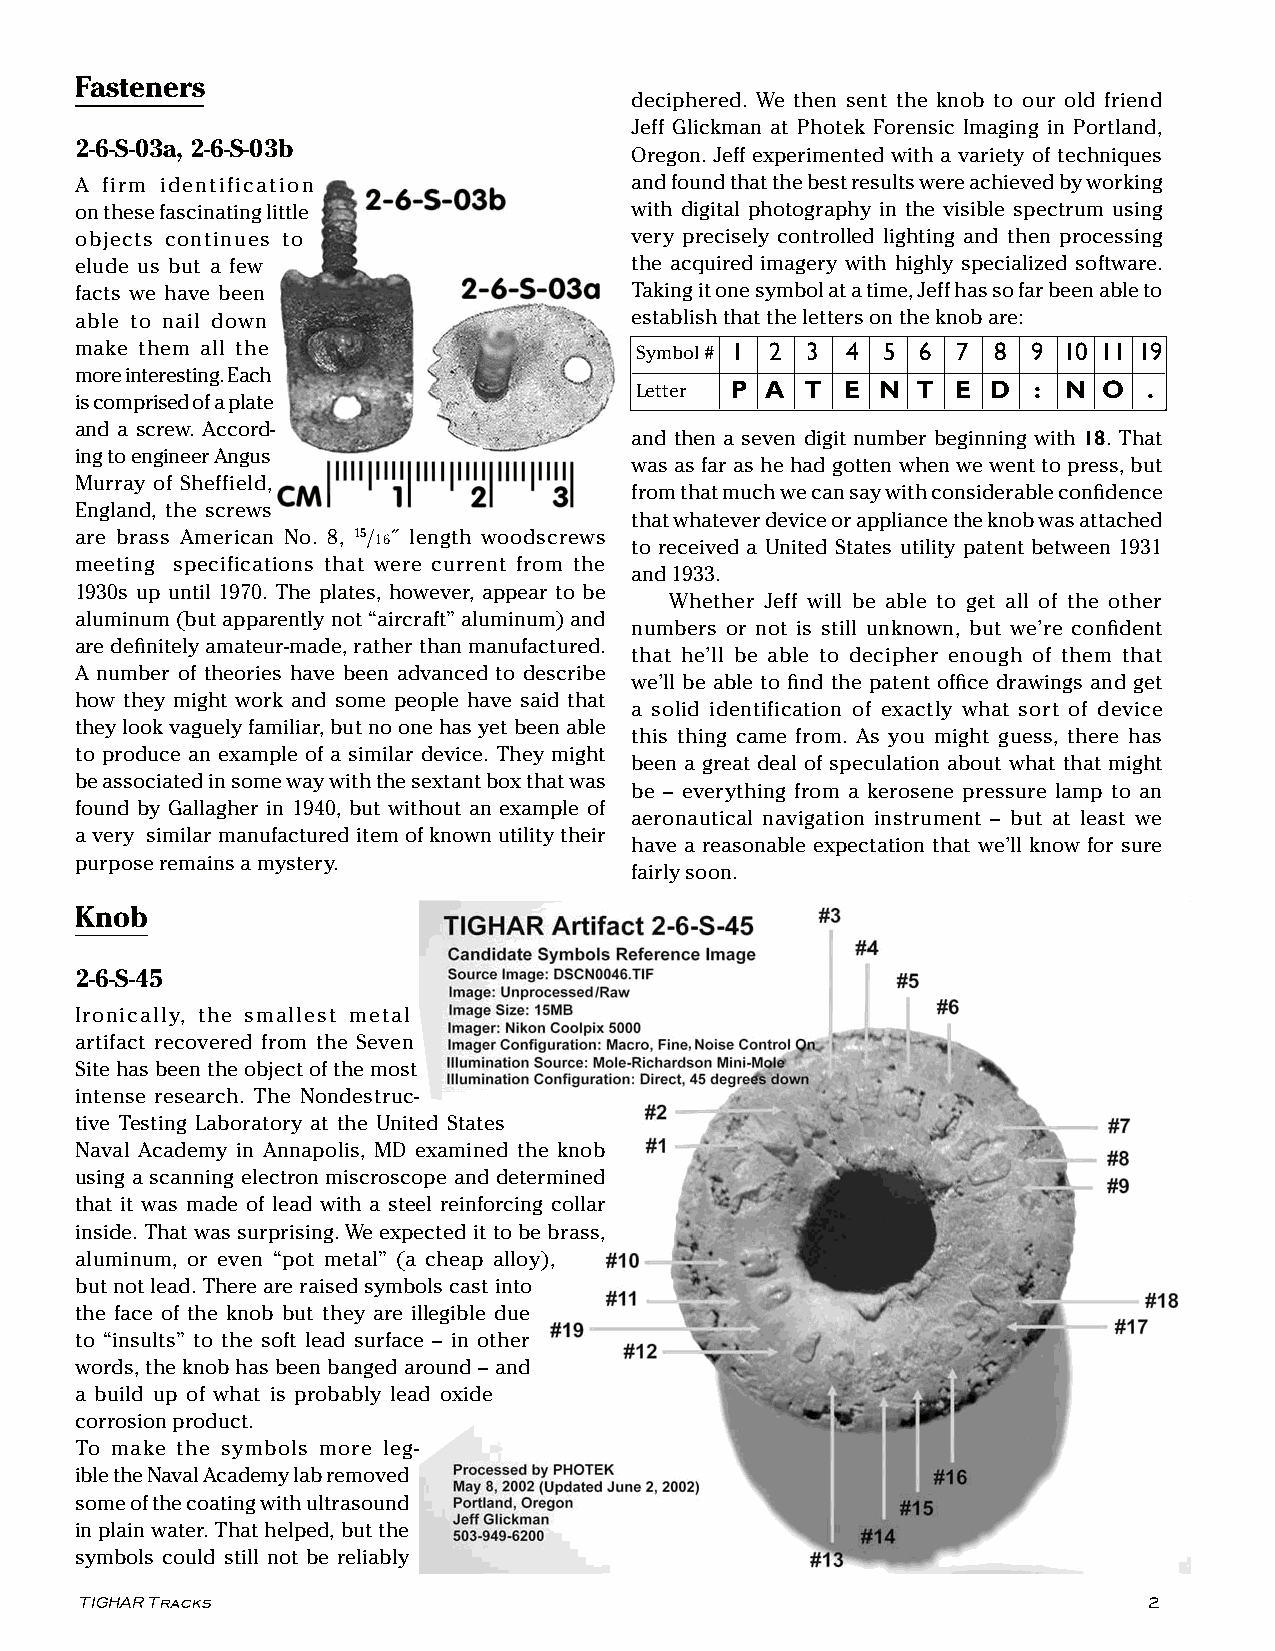
Fasteners
 deciphered. We then sent the knob to our old friend
 Jeff Glickman at Photek Forensic Imaging in Portland,
 2-6-S-03a, 2-6-S-03b
 Oregon. Jeff experimented with a variety of techniques
 A firm identification                and found that the best results were achieved by working
 on these fascinating little          with digital photography in the visible spectrum using
 objects continues to                 very precisely controlled lighting and then processing
 elude us but a few                   the acquired imagery with highly specialized software.
 facts we have been                   Taking it one symbol at a time, Jeff has so far been able to
 able to nail down                    establish that the letters on the knob are:
 make them all the                    Symbol # 1 2 3 4 5 6 7  8 9 10 11 19
 more interesting. Each
 Letter P A T  E N  T E  D : N  O  .
 is comprised of a plate
 and a screw. Accord-
 and then a seven digit number beginning with 18. That
 ing to engineer Angus
 was as far as he had gotten when we went to press, but
 Murray of Sheffield,
 from that much we can say with considerable confidence
 England, the screws
 that whatever device or appliance the knob was attached
 are brass American No. 8, 15/16˝ length woodscrews
 to received a United States utility patent between 1931
 meeting specifications that were current from the
 and 1933.
 1930s up until 1970. The plates, however, appear to be
 Whether Jeff will be able to get all of the other
 aluminum (but apparently not “aircraft” aluminum) and
 numbers or not is still unknown, but we’re confident
 are definitely amateur-made, rather than manufactured.
 that he’ll be able to decipher enough of them that
 A number of theories have been advanced to describe
 we’ll be able to find the patent office drawings and get
 how they might work and some people have said that
 a solid identification of exactly what sort of device
 they look vaguely familiar, but no one has yet been able
 this thing came from. As you might guess, there has
 to produce an example of a similar device. They might
 been a great deal of speculation about what that might
 be associated in some way with the sextant box that was
 be – everything from a kerosene pressure lamp to an
 found by Gallagher in 1940, but without an example of
 aeronautical navigation instrument – but at least we
 a very similar manufactured item of known utility their
 have a reasonable expectation that we’ll know for sure
 purpose remains a mystery.
 fairly soon.
 Knob
 2-6-S-45
 Ironically, the smallest metal
 artifact recovered from the Seven
 Site has been the object of the most
 intense research. The Nondestruc-
 tive Testing Laboratory at the United States
 Naval Academy in Annapolis, MD examined the knob
 using a scanning electron miscroscope and determined
 that it was made of lead with a steel reinforcing collar
 inside. That was surprising. We expected it to be brass,
 aluminum, or even “pot metal” (a cheap alloy),
 but not lead. There are raised symbols cast into
 the face of the knob but they are illegible due
 to “insults” to the soft lead surface – in other
 words, the knob has been banged around – and
 a build up of what is probably lead oxide
 corrosion product.
 To make the symbols more leg-
 ible the Naval Academy lab removed
 some of the coating with ultrasound
 in plain water. That helped, but the
 symbols could still not be reliably
 TIGHAR Tracks 2